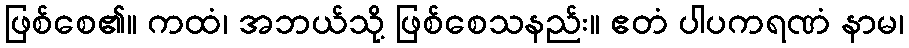
ဖြစ်စေ၏။ ကထံ၊ အဘယ်သို့ ဖြစ်စေသနည်း။ ဧတံ ပါပကရဏံ နာမ၊